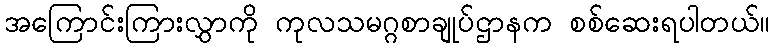
အကြောင်းကြားလွှာကို ကုလသမဂ္ဂစာချုပ်ဌာနက စစ်ဆေးရပါတယ်။